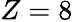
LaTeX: Z=8